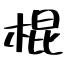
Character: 棍